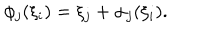
\phi _ { j } ( \xi _ { i } ) = \xi _ { j } + \alpha _ { j } ( \xi _ { i } ) .